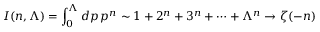
I ( n , \Lambda ) = \int _ { 0 } ^ { \Lambda } d p \, p ^ { n } \sim 1 + 2 ^ { n } + 3 ^ { n } + \cdots + \Lambda ^ { n } \to \zeta ( - n )